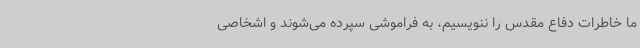
ما خاطرات دفاع مقدس را ننویسیم، به فراموشی سپرده می‌شوند و اشخاصی